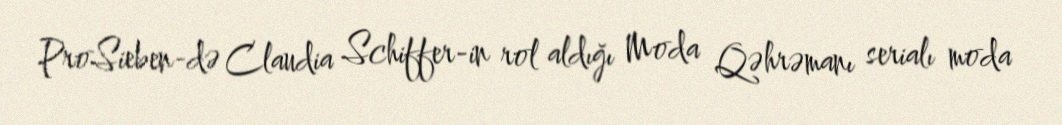
ProSieben-də Claudia Schiffer-in rol aldığı Moda Qəhrəmanı serialı moda